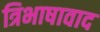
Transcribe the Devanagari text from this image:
त्रिभाषावाद